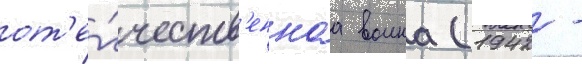
от'е́честв'еннаа воина (1942 -